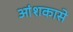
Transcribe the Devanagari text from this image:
आंशकासे